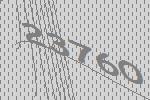
23760